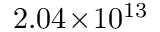
2 . 0 4 \! \times \! 1 0 ^ { 1 3 }